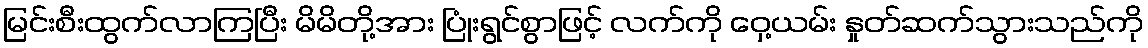
မြင်းစီးထွက်လာကြပြီး မိမိတို့အား ပြုံးရွင်စွာဖြင့် လက်ကို ဝှေ့ယမ်း နှုတ်ဆက်သွားသည်ကို